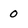
Character: 0